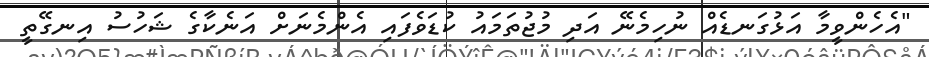
"އެހެންވީމާ އަޅުގަނޑެއް ނުހިމެނޭ އަދި މުޖުތަމައު ކުޑަވެފައި އެންމެނަށް އަނެކާގެ ޝަހުސު އިނގޭތީ